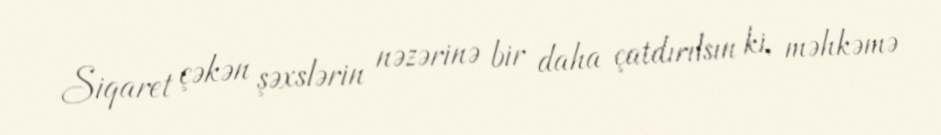
Siqaret çəkən şəxslərin nəzərinə bir daha çatdırılsın ki, məhkəmə